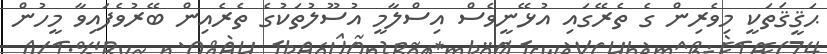
ޙަޤީޤަތަކީ މިވެރިން ގެ ތެރޭގައި އުޅޭނީވެސް އިސްލާމީ އުސޫލުތަކުގެ ތެރެއިން ބޭރުވެފައިވާ މީހުން